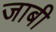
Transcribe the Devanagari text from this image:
जाबी